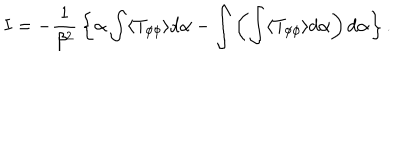
I = - { \frac { 1 } { \beta ^ { 2 } } } \left\{ { \alpha \int \langle T _ { \phi \phi } \rangle d \alpha } - { \int \left( \int \langle T _ { \phi \phi } \rangle d \alpha \right) d \alpha } \right\} .